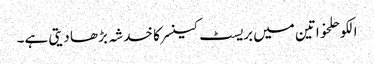
الکوحلخواتین میں بریسٹ کینسر کا خدشہ بڑھا دیتی ہے۔